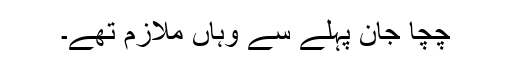
چچا جان پہلے سے وہاں ملازم تھے۔